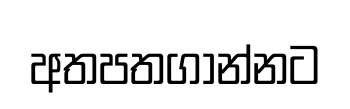
අතපතගාන්නට